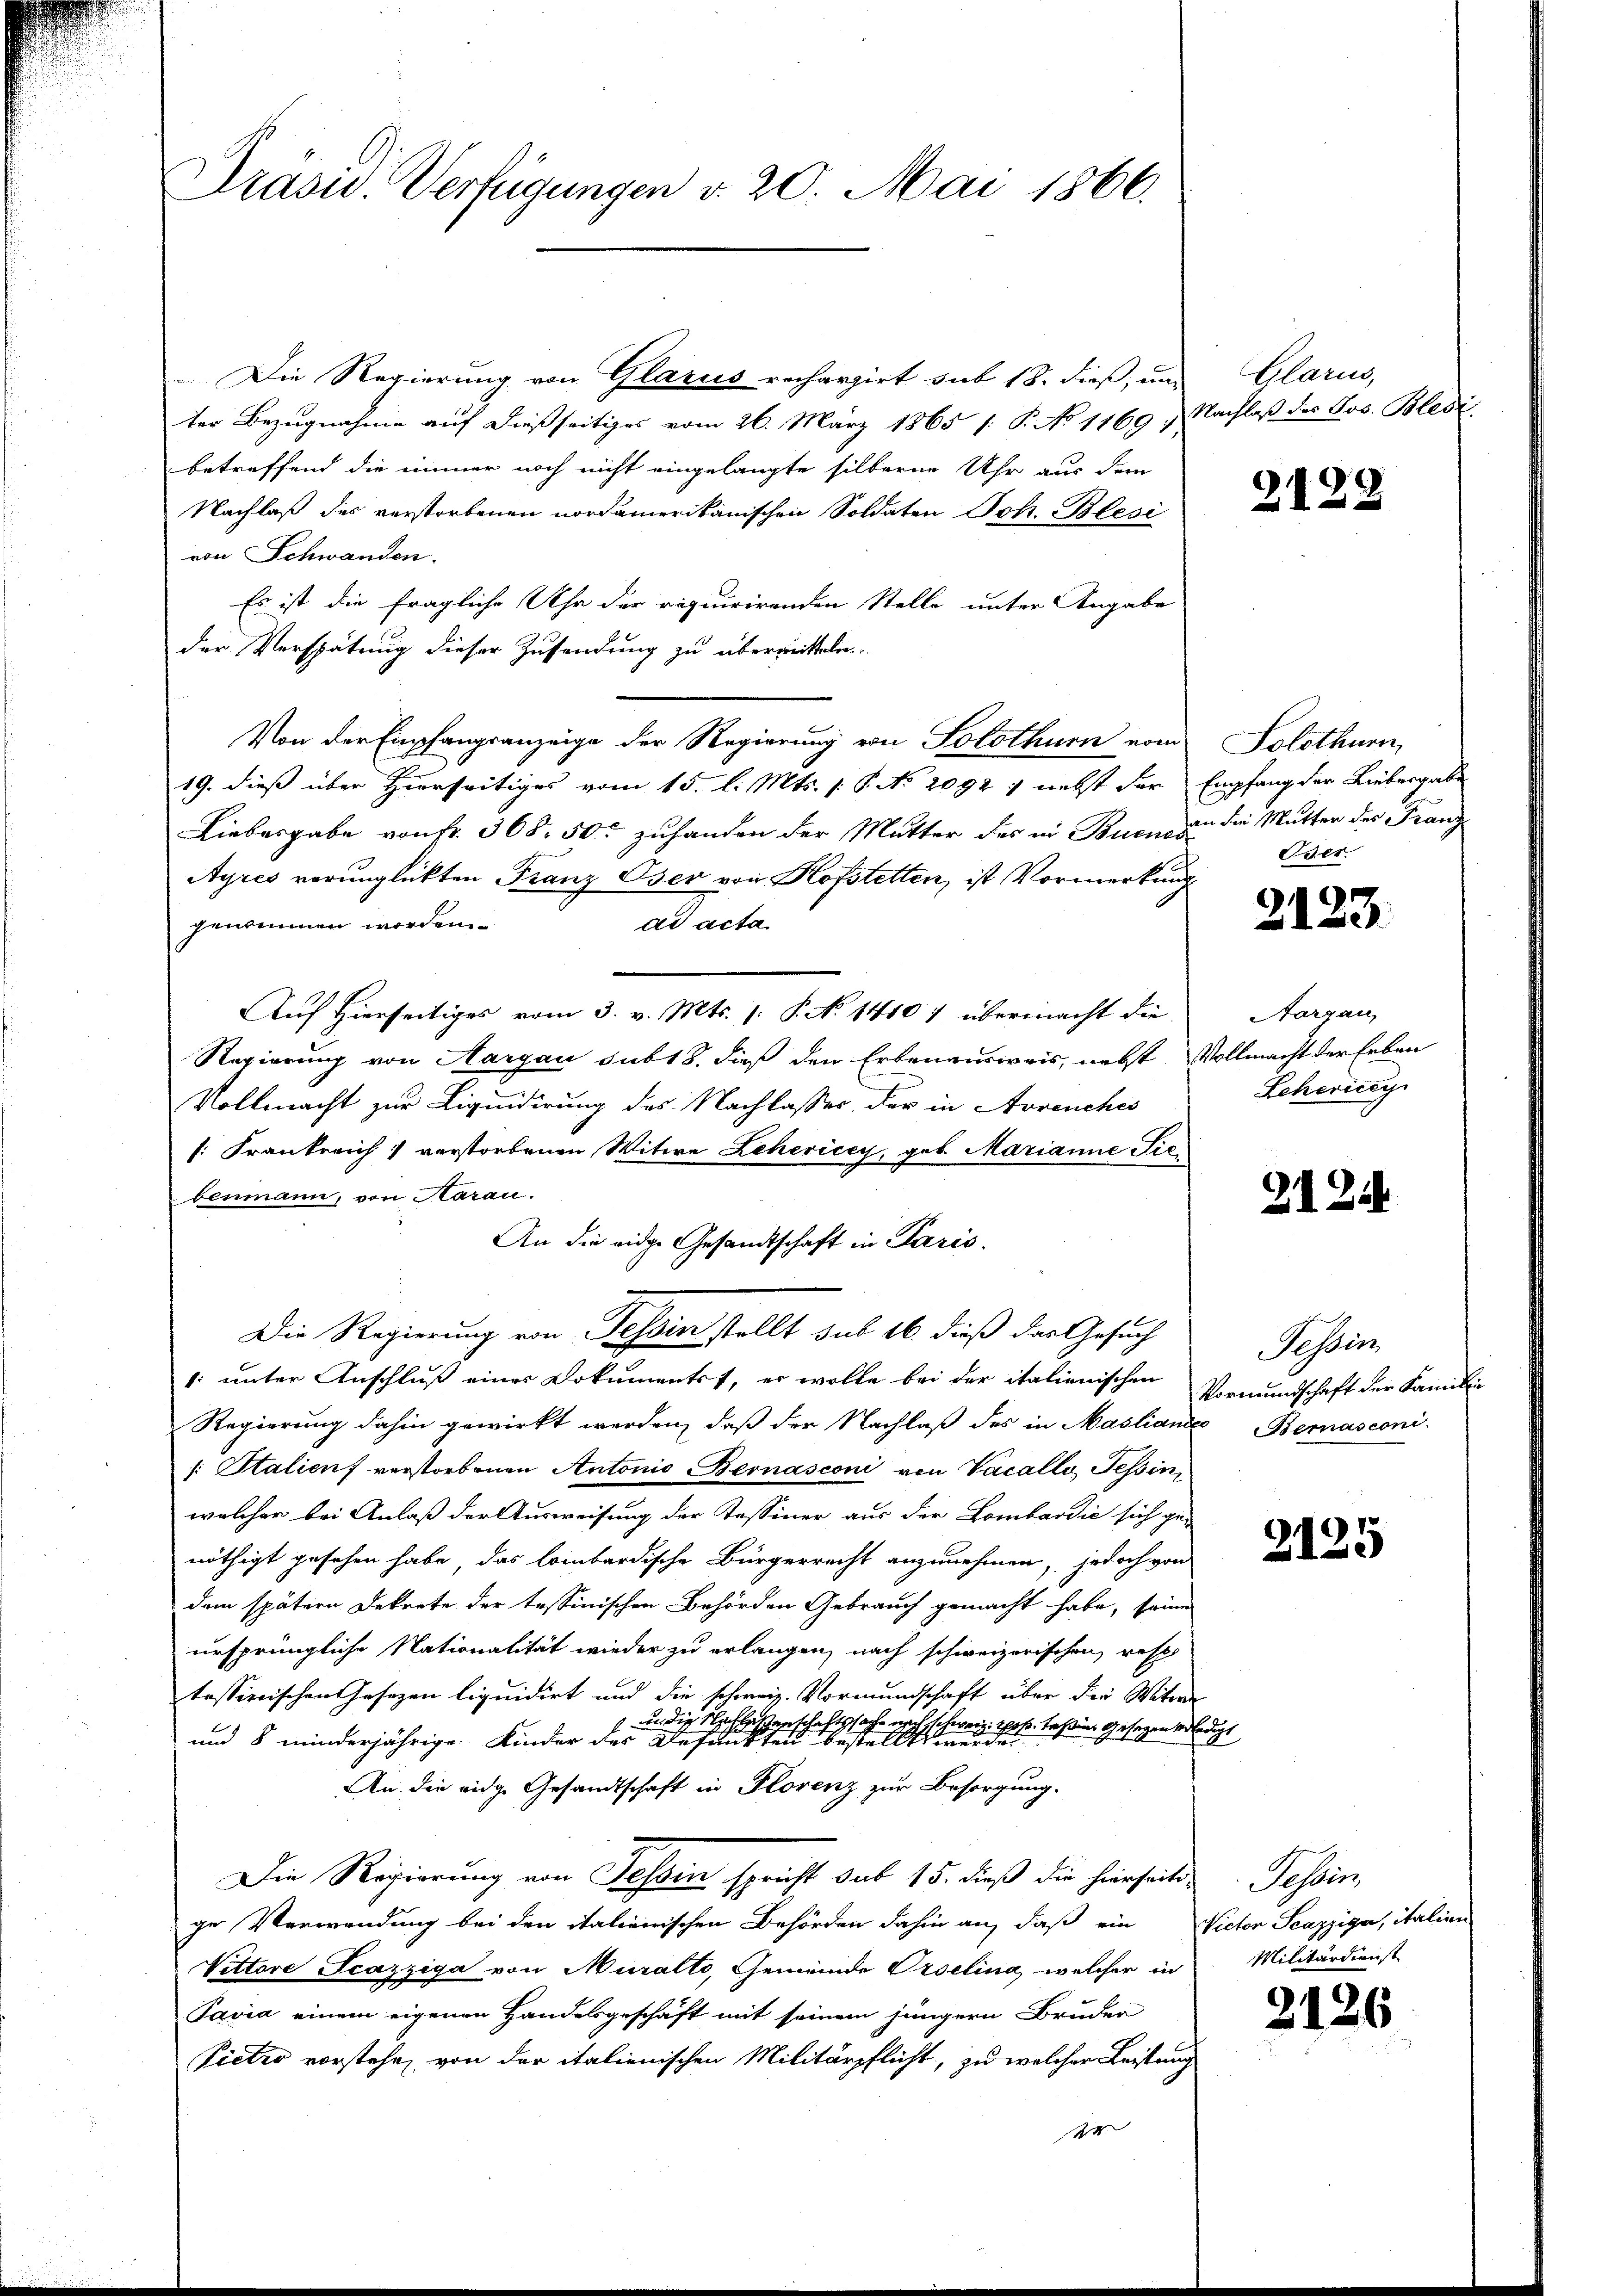
Präsid. Verfügungen v. 20. Mai 1866.

Die Regierung von Glarus rechargirt sub 18. dieß, und Glarus,
ter Bezugnahme auf dießseitiges vom 26. März 1865 /: P. No 1169 & Nachlaß des Jos. Bledibetreffend die immer noch nicht eingelangte silberne Uhr aus dem
Nachlaß des verstorbenen nordamerikanischen Soldaten Joh. Blesi
von Schwanden.
Es ist die fragliche Uhr der requirirenden Stelle unter Angabe
der Verspätung dieser Zusendung zu übermitteln
Von der Empfangsanzeige der Regierung von Solothurn vom Solothurn,
19. dieß über Hierseitiges vom 15. l. Mts. (T. No 2092 & nebst der Empfang der Liebergabe
Liebesgabe von fr. 368. 500 zuhanden der Mutter des in Buona die Mutter der Franz
h
Ayres verunglückten Franz Oser von Hofstetten, ist Vormerkung
genommen worden
ad acta
Auf Hierseitiges vom 3. v. Mts. (: P. No 1410 f übermacht die Aargau,
Regierung von Aargau sub 18. dieß den Erbenausweis, nebst Vollmacht der Erben
Vollmacht zur Livindirung des Nachlasser, der in Avvenches
s: Frankreich 1 verstorbenen Witwe Lehericey, geb. Marianne Sic
benmann, von Aarau
An die eidge Gesandtschaft in Paris.
Die Regierung von Tessin stellt sub 16. dieß das Gesuch
1. unter Anschluß einer Dokumentst, er wolle bei der italienischen Vormundschaft der Familie
Regierung dahin gewirkt werden, daß der Nachlaβ des in Mastian Bemasconi
/: Stalien verstorbenen Antonio Bernasconi von Vacallo, Tessin,
welcher bei Anlaß der Ausweisung der Tessiner aus der Lombardie sich ge-
nöthigt gesehen habe, das lombardische Bürgerrecht anzunehmen, jedoch von
dem spätern Dekrete der tessinischen Behörden Gebrauch gemacht habe, seine
ursprüngliche Nationalität wieder zu erlangen, nach schweizerischen, resp
tassimischen Gesezen liquidirt und die schweiz. Vormundschaft über der Witwen
an die Nachlassenschaftssache nach schwere ih
s. Tessins Gesagen verledigt
und 8 minderjährige Kinder der Gesandten bestellt werde
An die eidge Gesandtschaft in Florenz zur Besorgung.
Die Regierung von Tessin spricht sub 15. dieß die hierseits-
ge Verwendung bei den italienischen Behörden dahin an, daß ein Victor Scazziga, italien
Vettere Scazziga von Muralto, Gemeinde Oeselina, welcher in
Pavia einem eigenen Handelsgeschäft mit seinem jüngern Bruder
Pietio vorstehe, von der italienischen Militärpflicht, zu welcher Leitung
er

2122

Oser.

2123.

Leherig

2124

Tessin

2125

Schir
Militärdienst

2126